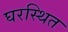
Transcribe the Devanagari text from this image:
घरस्थित